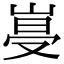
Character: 𡹨